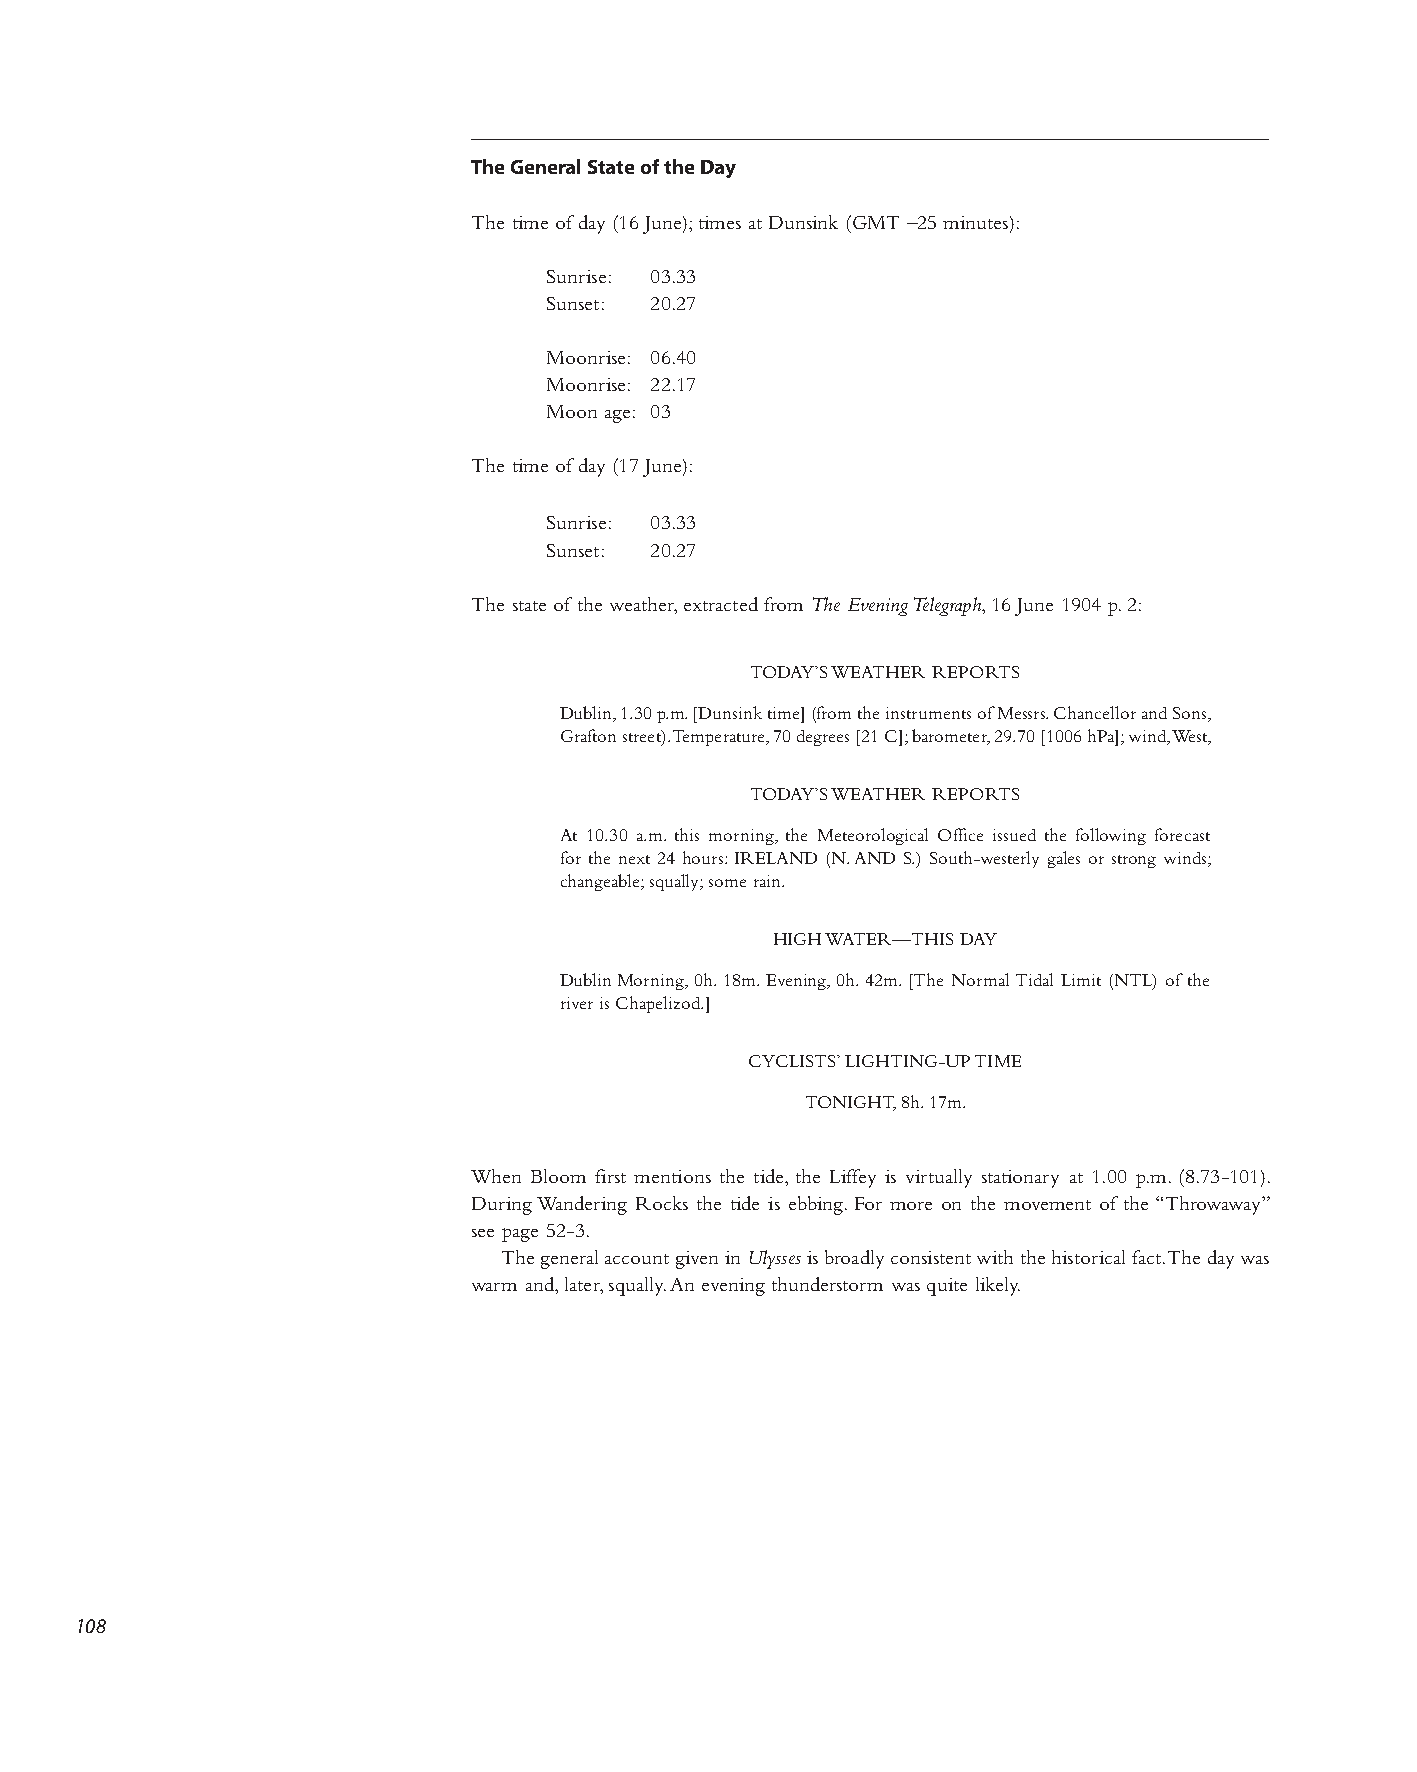
The General State of the Day
 The time of day (16 June); times at Dunsink (GMT –25 minutes):
 Sunrise: 03.33
 Sunset: 20.27
 Moonrise: 06.40
 Moonrise: 22.17
 Moon age: 03
 The time of day (17 June):
 Sunrise: 03.33
 Sunset: 20.27
 The state of the weather, extracted from The Evening Telegraph, 16 June 1904 p. 2:
 TODAY’S WEATHER REPORTS
 Dublin, 1.30 p.m. [Dunsink time] (from the instruments of Messrs. Chancellor and Sons,
 Grafton street). Temperature, 70 degrees [21 C]; barometer, 29.70 [1006 hPa]; wind, West,
 TODAY’S WEATHER REPORTS
 At 10.30 a.m. this morning, the Meteorological Office issued the following forecast
 for the next 24 hours: IRELAND (N. AND S.) South-westerly gales or strong winds;
 changeable; squally; some rain.
 HIGH WATER—THIS DAY
 Dublin⎯Morning, 0h. 18m. Evening, 0h. 42m. [The Normal Tidal Limit (NTL) of the
 river is Chapelizod.]
 CYCLISTS’ LIGHTING-UP TIME
 TONIGHT, 8h. 17m.
 When Bloom first mentions the tide, the Liffey is virtually stationary at 1.00 p.m. (8.73-101).
 During Wandering Rocks the tide is ebbing. For more on the movement of the “Throwaway”
 see page 52-3.
 The general account given in Ulysses is broadly consistent with the historical fact. The day was
 warm and, later, squally. An evening thunderstorm was quite likely.
 108